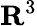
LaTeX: \mathbf{R}^{3}